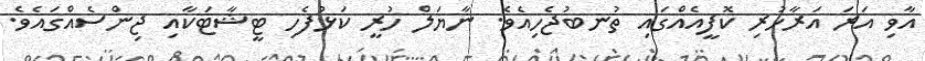
އާވި އަރަ އަރާހުރި ކޮފީއެއްގައި ތުނބުޖެހިއެވެ. ނާޔަލް ހުރީ ކަޅުފެހި ޓީޝާޓަކާއި ޖިންސެއްގައެވެ.